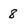
Character: 8